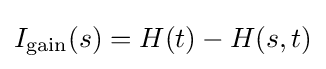
I_{\textrm {gain}}(s)=H(t)-H(s,t)